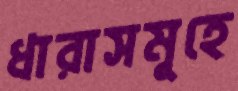
ধারাসমূহে